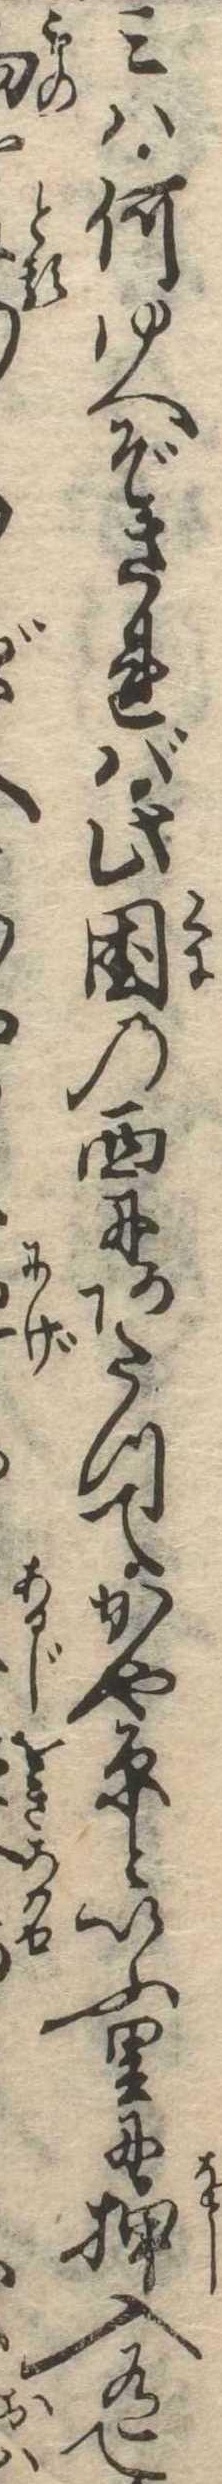
みは何ゆへぞされば此国の西にあたつてかや原といふ里に押入有て